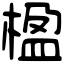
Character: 楹